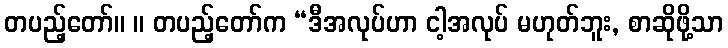
တပည့်တော်။ ။ တပည့်တော်က “ဒီအလုပ်ဟာ ငါ့အလုပ် မဟုတ်ဘူး, စာဆိုဖို့သာ